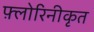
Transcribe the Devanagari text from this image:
फ़्लोरिनीकृत